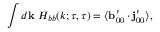
\int d { \bf { k } } \ H _ { b b } ( k ; \tau , \tau ) = \langle { { \bf { b } } _ { 0 0 } ^ { \prime } \cdot { \bf { j } } _ { 0 0 } ^ { \prime } } \rangle ,